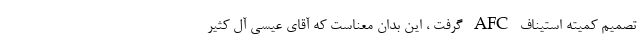
تصمیم کمیته استیناف AFC گرفت ، این بدان معناست که آقای عیسی آل کثیر